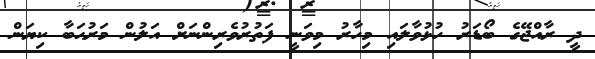
ދީ ރާއްޖޭގެ ބޯޑަރު ހުޅުވާލައި މިހާރު މިވަނީ ފަތުރުވެރިންނަށް އަލުން މަރުޙަބާ ކިޔަން